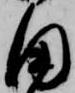
田